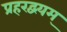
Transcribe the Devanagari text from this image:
प्रहरद्वयम्